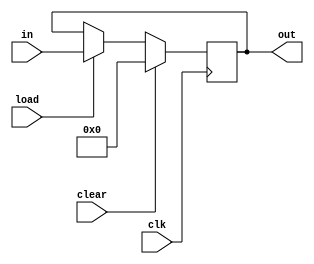

module register #(parameter WIDTH=16) (
    input clk, clear,
    input [WIDTH-1:0] in,
    input load,
    output reg [WIDTH-1:0] out
);

always @(posedge clk) begin
    if (clear)
        out <= 0;
    else if(load)
        out <= in;
end //always
endmodule

module counter #(parameter WIDTH=8) (
    input clk, clear, enable,
    input [WIDTH-1:0] in,
    input load,
    input incr,
    output reg [WIDTH-1:0] count
);

always @(posedge clk) begin
    if (clear)
        count <= 0;
    else if (load)
        count <= in;
    else if (enable) begin
        if(incr)
            count <= count + 1;
        else
            count <= count - 1;
    end
end // always

endmodule